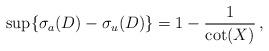
LaTeX: \begin{align*}\sup \{ \sigma_{a}(D) - \sigma_{u} (D) \} = 1 - \frac{1}{\cot (X)} \,,\end{align*}